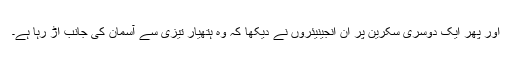
اور پھر ایک دوسری سکرین پر اِن انجینیئروں نے دیکھا کہ وہ ہتھیار تیزی سے آسمان کی جانب اڑ رہا ہے۔